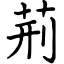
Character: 荊